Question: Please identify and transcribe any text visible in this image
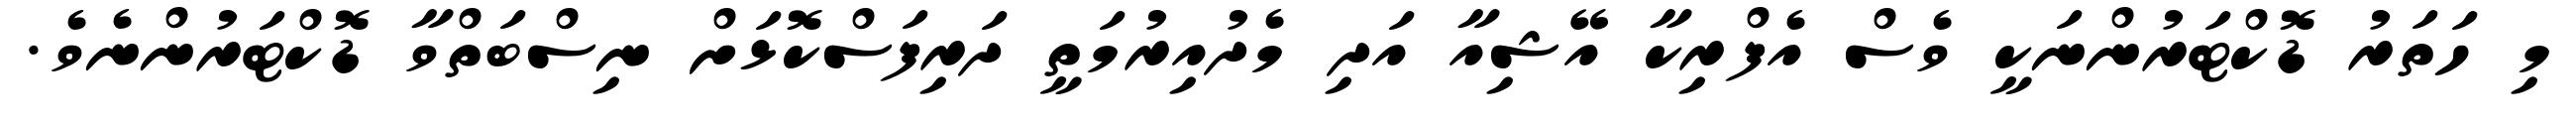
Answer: މި ހަތަރު ޑޮކްޓަރުންނަކީ ވެސް އެފްރިކާ އޭޝިއާ އަދި މެދުއިރުމަތީ ދަރިފަސްކޮޅަށް ނިސްބަތްވާ ޑޮކްޓަރުންނެވެ.